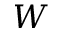
W